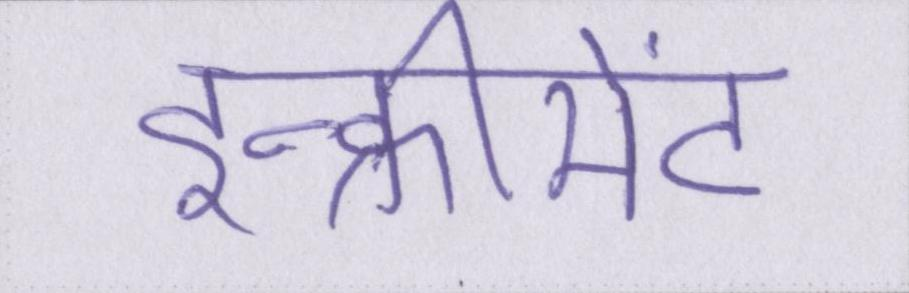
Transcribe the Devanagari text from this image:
इन्क्रीमेंट